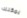
يمكنك